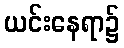
ယင်းနေရာ၌